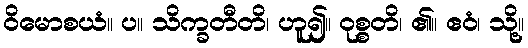
ဝိမောစယံ။ ပ။ သိက္ခတီတိ၊ ဟူ၍။ ဝုစ္စတိ၊ ၏။ ဧဝံ၊ သို့။